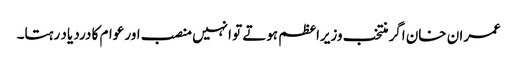
عمران خان اگر منتخب وزیراعظم ہوتے تو انہیں منصب اور عوام کا درد یاد رہتا۔